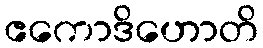
ဧကောဒိဟောတိ